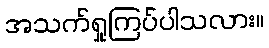
အသက်ရှုကြပ်ပါသလား။